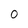
Character: O